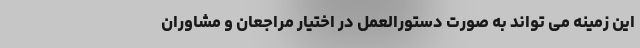
این زمینه می تواند به صورت دستورالعمل در اختیار مراجعان و مشاوران